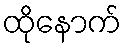
ထိုနောက်